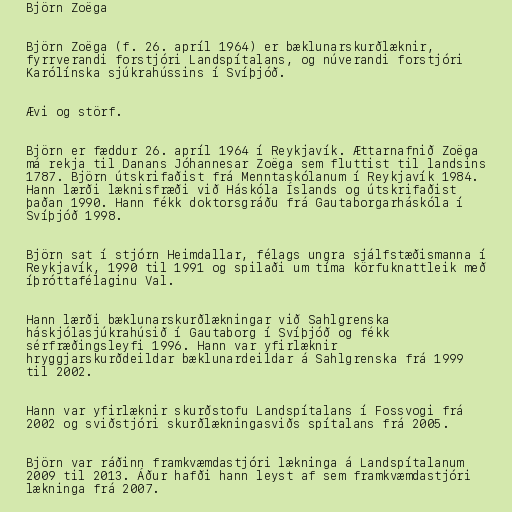
Björn Zoëga

Björn Zoëga (f. 26. apríl 1964) er bæklunarskurðlæknir,
fyrrverandi forstjóri Landspítalans, og núverandi forstjóri
Karólínska sjúkra­húss­ins í Svíþjóð.

Ævi og störf.

Björn er fæddur 26. apríl 1964 í Reykjavík. Ættarnafnið Zoëga
má rekja til Danans Jóhannesar Zoëga sem fluttist til landsins
1787. Björn útskrifaðist frá Menntaskólanum í Reykjavík 1984.
Hann lærði læknisfræði við Háskóla Íslands og útskrifaðist
þaðan 1990. Hann fékk doktorsgráðu frá Gautaborgarháskóla í
Svíþjóð 1998.

Björn sat í stjórn Heimdallar, félags ungra sjálfstæðismanna í
Reykjavík, 1990 til 1991 og spilaði um tíma körfuknattleik með
íþróttafélaginu Val.

Hann lærði bæklunarskurðlækningar við Sahlgrenska
háskjólasjúkrahúsið í Gautaborg í Svíþjóð og fékk
sérfræðingsleyfi 1996. Hann var yfirlæknir
hryggjarskurðdeildar bæklunardeildar á Sahlgrenska frá 1999
til 2002.

Hann var yfirlæknir skurðstofu Landspítalans í Fossvogi frá
2002 og sviðstjóri skurðlækningasviðs spítalans frá 2005.

Björn var ráðinn framkvæmdastjóri lækninga á Landspítalanum
2009 til 2013. Áður hafði hann leyst af sem fram­kvæmda­stjóri
lækn­inga frá 2007.